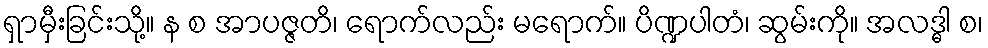
ရှာမှီးခြင်းသို့။ န စ အာပဇ္ဇတိ၊ ရောက်လည်း မရောက်။ ပိဏ္ဍပါတံ၊ ဆွမ်းကို။ အလဒ္ဓါ စ၊